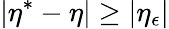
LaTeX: |\eta^{*}-\eta|\geq|\eta_{\epsilon}|